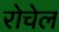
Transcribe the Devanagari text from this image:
रोचेल